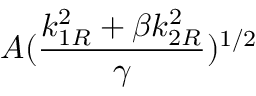
\displaystyle { A ( \frac { k _ { 1 R } ^ { 2 } + \beta k _ { 2 R } ^ { 2 } } { \gamma } ) ^ { 1 / 2 } }